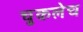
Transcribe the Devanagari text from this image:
चुकलेच